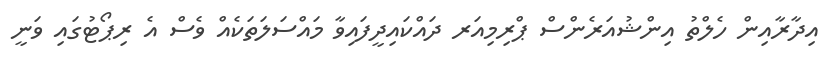
އިދާރާއިން ހެލްތު އިންޝުއަރެންސް ޕްރިމިއަރ ދައްކައިދީފައިވާ މައްސަލަތަކެއް ވެސް އެ ރިޕޯޓުގައި ވަނީ